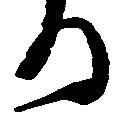
る